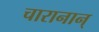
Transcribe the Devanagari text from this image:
चारानान्